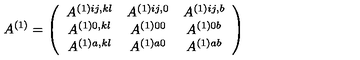
A ^ { ( 1 ) } = \left( \begin{array} { c c c } { A ^ { ( 1 ) i j , k l } } & { A ^ { ( 1 ) i j , 0 } } & { A ^ { ( 1 ) i j , b } } \\ { A ^ { ( 1 ) 0 , k l } } & { A ^ { ( 1 ) 0 0 } } & { A ^ { ( 1 ) 0 b } } \\ { A ^ { ( 1 ) a , k l } } & { A ^ { ( 1 ) a 0 } } & { A ^ { ( 1 ) a b } } \\ \end{array} \right)